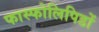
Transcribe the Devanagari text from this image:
फास्फोलिपिडों